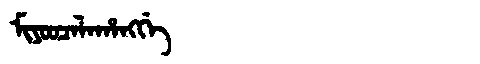
Manchu: ᠮᡳᠶᠣᠣᠴᠠᠯᠠᡥᠠᠩᡤᡝ
Romanization: MIYOOCALAHANGGE